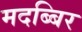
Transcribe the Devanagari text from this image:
मदब्बिर